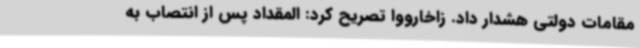
مقامات دولتی هشدار داد. زاخارووا تصریح کرد: المقداد پس از انتصاب به